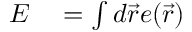
\begin{array} { r l } { E } & { { } = \int d \vec { r } e ( \vec { r } ) } \end{array}